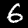
Label: 6